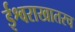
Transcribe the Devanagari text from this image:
ईश्वराखातरच